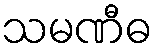
သမဏီဓ